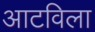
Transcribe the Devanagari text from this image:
आटविला